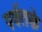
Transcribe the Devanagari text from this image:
पर्वतके